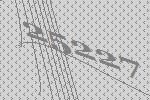
25227